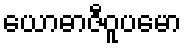
ယောဓာဇီဝူပမော